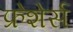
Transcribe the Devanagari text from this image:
फ्रेशेर्स